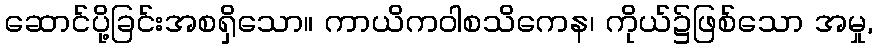
ဆောင်ပို့ခြင်းအစရှိသော။ ကာယိကဝါစသိကေန၊ ကိုယ်၌ဖြစ်သော အမှု,